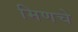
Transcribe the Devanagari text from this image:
मिणचे